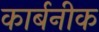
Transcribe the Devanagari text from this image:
कार्बनीक